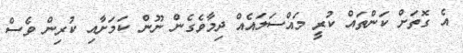
އެ ގޮތަށް ކަންތައް ކުރީ މައްސަލައެއް ދިމާވެގެން ނޫން ކަމަށާއި ކުރިން ވެސް